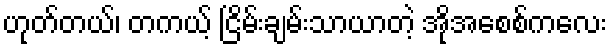
ဟုတ်တယ်၊ တကယ့် ငြိမ်းချမ်းသာယာတဲ့ အိုအေစစ်ကလေး